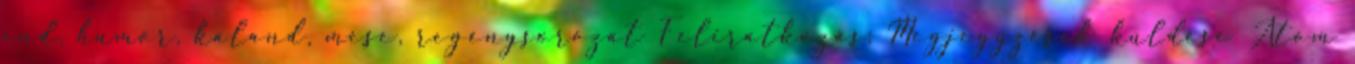
end, humor, kaland, mese, regénysorozat Feliratkozás: Megjegyzések küldése Atom